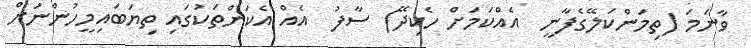
ވާނަމަ (ތިމަންކަލޭގެފާނީ  އެއްކަމަށް ހެކިދޭ) ސާފު  އެއް އެކަންތަކުގައި ތިޔަބައިމީހުންނަށް